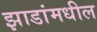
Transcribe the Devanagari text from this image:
झाडांमधील